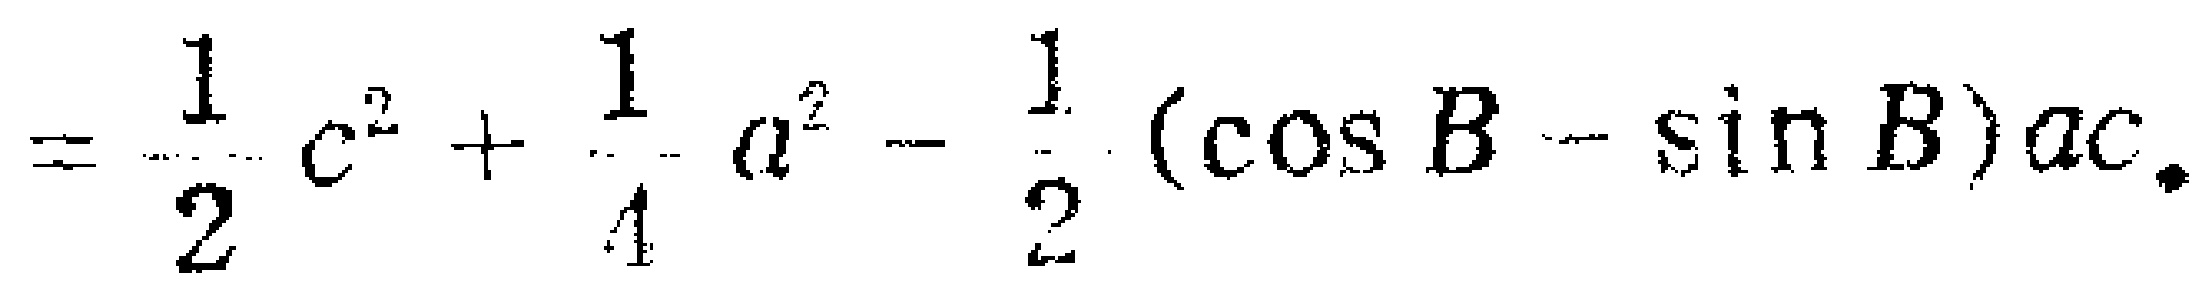
$=\frac{1}{2}c^{2}+\frac{1}{4}a^{2}-\frac{1}{2}(\cos B - \sin B)ac.$